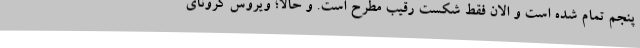
پنجم تمام شده است و الان فقط شکست رقیب مطرح است. و حالا؛ ویروس کرونای